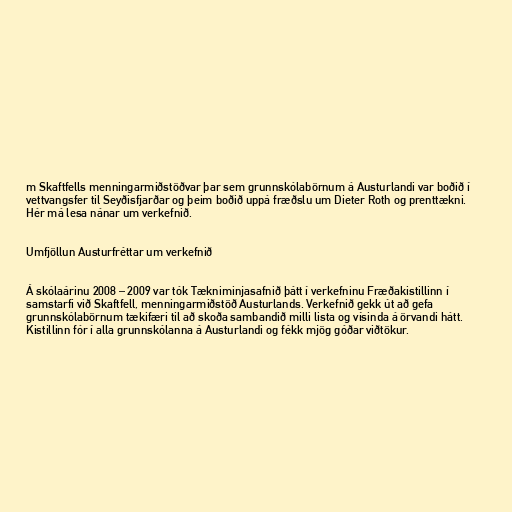
m Skaftfells menningarmiðstöðvar þar sem grunnskólabörnum á Austurlandi var boðið í
vettvangsfer til Seyðisfjarðar og þeim boðið uppá fræðslu um Dieter Roth og prenttækni.
Hér má lesa nánar um verkefnið.

Umfjöllun Austurfréttar um verkefnið

Á skólaárinu 2008 – 2009 var tók Tækniminjasafnið þátt í verkefninu Fræðakistillinn í
samstarfi við Skaftfell, menningarmiðstöð Austurlands. Verkefnið gekk út að gefa
grunnskólabörnum tækifæri til að skoða sambandið milli lista og vísinda á örvandi hátt.
Kistillinn fór í alla grunnskólanna á Austurlandi og fékk mjög góðar viðtökur.